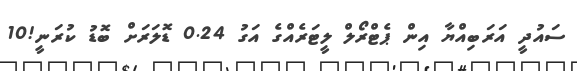
ސައުދީ އަރަބިއްޔާ އިން ޕެޓްރޯލް ލީޓަރެއްގެ އަގު 0.24 ޑޮލަރަށް ބޮޑު ކުރަނީ!10